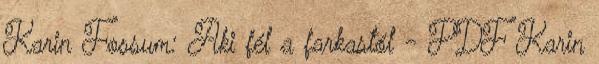
Karin Fossum: Aki fél a farkastól - PDF Karin